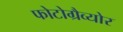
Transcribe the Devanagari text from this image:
फोटोग्रैव्योर